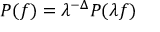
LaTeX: P ( f ) = \lambda ^ { - \Delta } P ( \lambda f )